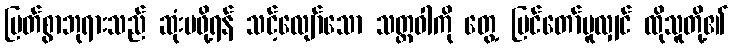
မြတ်စွာဘုရားသည် ဆုံးမဖို့ရန် သင့်လျော်သော သတ္တဝါကို တွေ့ မြင်တော်မူလျှင် ထိုသူတို့၏